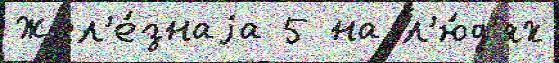
Жел'е́знаjа 5 на л'ю́д'ях